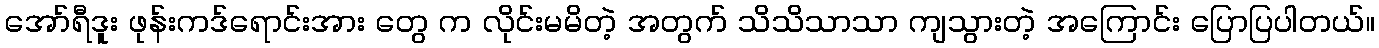
အော်ရီဒူး ဖုန်းကဒ်ရောင်းအား တွေ က လိုင်းမမိတဲ့ အတွက် သိသိသာသာ ကျသွားတဲ့ အကြောင်း ပြောပြပါတယ်။